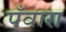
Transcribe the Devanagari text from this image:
पँवारा